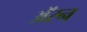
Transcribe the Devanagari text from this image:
अॅरन